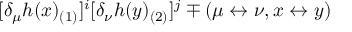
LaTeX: [ \delta _ { \mu } h ( x ) _ { ( 1 ) } ] ^ { i } [ \delta _ { \nu } h ( y ) _ { ( 2 ) } ] ^ { j } \mp ( \mu \leftrightarrow \nu , x \leftrightarrow y )